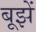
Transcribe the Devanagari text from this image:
बूझें